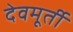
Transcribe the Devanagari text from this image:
देवमूर्ती